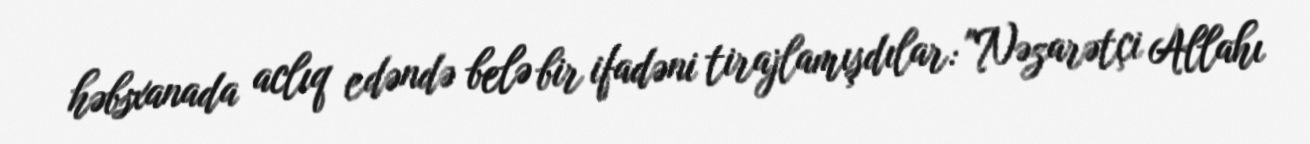
həbsxanada aclıq edəndə belə bir ifadəni tirajlamışdılar: "Nəzarətçi Allahı